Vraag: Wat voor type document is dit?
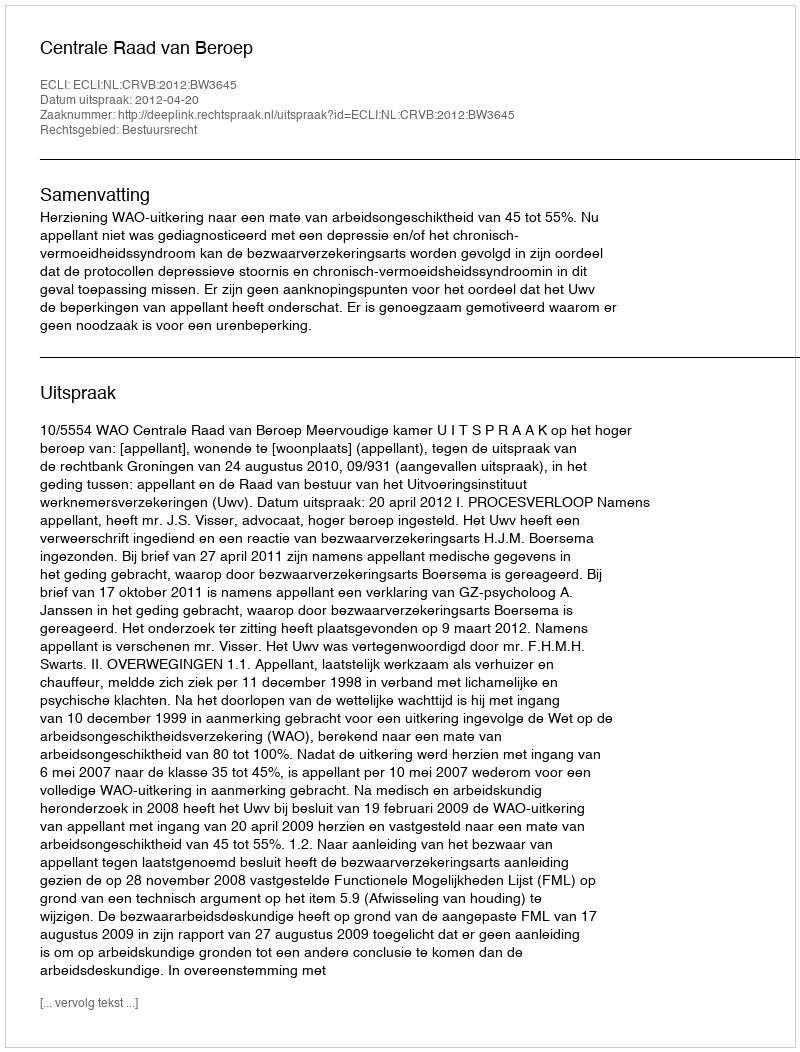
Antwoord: Uitspraak